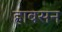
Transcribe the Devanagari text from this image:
हाबसन